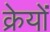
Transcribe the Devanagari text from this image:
क्रेयों